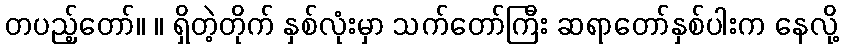
တပည့်တော်။ ။ ရှိတဲ့တိုက် နှစ်လုံးမှာ သက်တော်ကြီး ဆရာတော်နှစ်ပါးက နေလို့